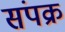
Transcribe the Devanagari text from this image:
संपक्र